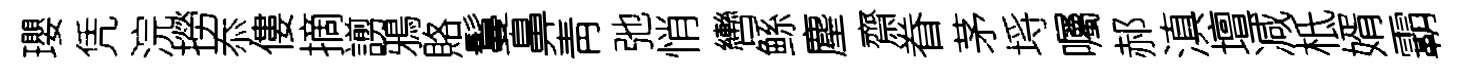
瓔凭浣撈忝僂摘謭鴉賂鬘鼻靑弛悄轡鲧麈齋眷茅埓囑郝滇壇减柢婿霸